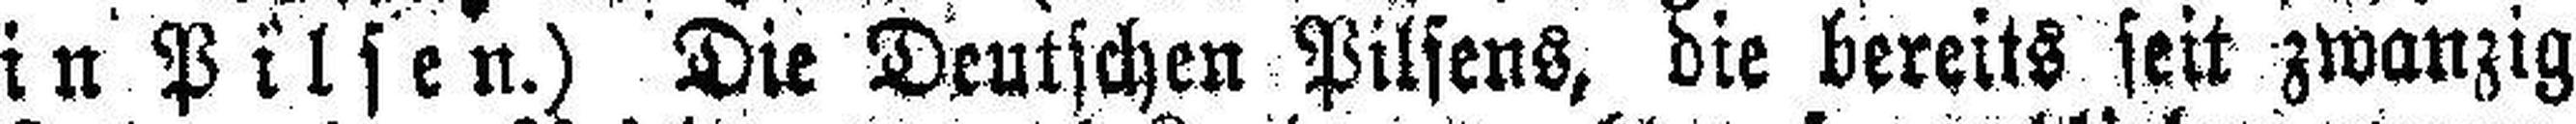
in Pilsen.) Die Deutschen Pilsens, die bereits seit zwanzig